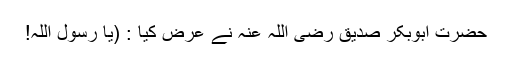
حضرت ابوبکر صدیق رضی اللہ عنہ نے عرض کیا : (یا رسول اللہ!